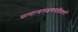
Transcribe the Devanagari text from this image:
सामान्यलक्षणसन्निकर्ष